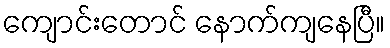
ကျောင်းတောင် နောက်ကျနေပြီ။